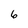
Character: 6